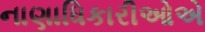
નાણાધિકારીઓએ